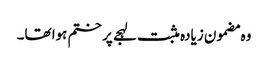
وہ مضمون زیادہ مثبت لہجے پر ختم ہوا تھا۔